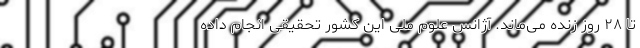
تا ۲۸ روز زنده می‌ماند. آژانس علوم ملی این کشور تحقیقی انجام داده